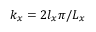
k _ { x } = 2 l _ { x } \pi / L _ { x }